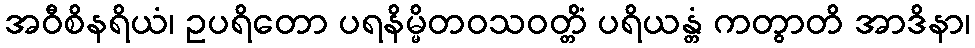
အဝီစိနရိယံ၊ ဥပရိတော ပရနိမ္မိတဝသဝတ္တိံ ပရိယန္တံ ကတွာတိ အာဒိနာ၊